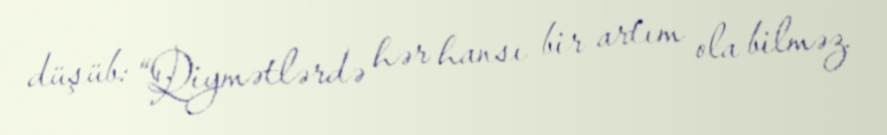
düşüb: “Qiymətlərdə hər hansı bir artım ola bilməz.